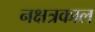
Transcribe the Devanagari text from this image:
नक्षत्रकाल